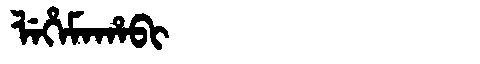
Manchu: ᠯᡝᡥᡝᠮᠠᡥᠠᠪᡳ
Romanization: LEHEMAHABI